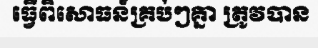
ធ្វើពិសោធន៍គ្រប់ៗគ្នា ត្រូវបាន